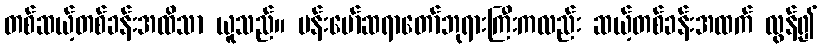
တစ်ဆယ့်တစ်ခန်းအထိသာ ယူသည်။ ဗန်းမော်ဆရာတော်ဘုရားကြီးကလည်း ဆယ့်တစ်ခန်းအထက် လွန်၍